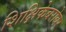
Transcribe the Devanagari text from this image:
शिक्षिकेबरोबर